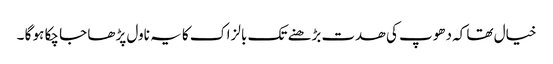
خیال تھا کہ دھوپ کی ھدت بڑھنے تک بالزاک کا یہ ناول پڑھا جا چکا ہو گا ۔